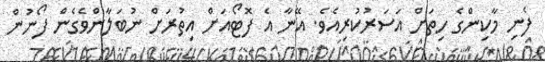
ފެނި މާކިންގެ ހިތަށް އަސަރުކުރިއެވެ. އޭނާ އެ ފޮޓޯއަށް އިތުރަށް ނުބަލާންވެގެން ފޯނުން